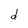
Character: d